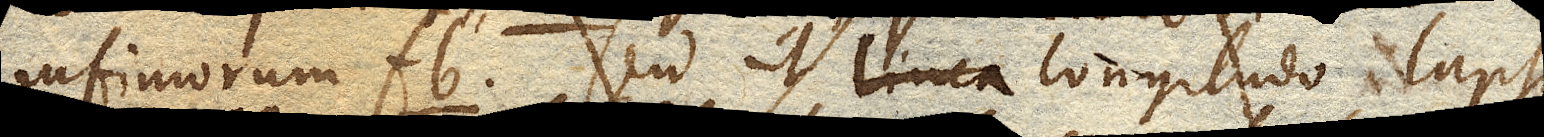
infimorum fb seu ut linea longitudo lapsus